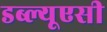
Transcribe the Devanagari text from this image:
डब्ल्यूएसी